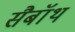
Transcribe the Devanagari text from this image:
सैबॉथ